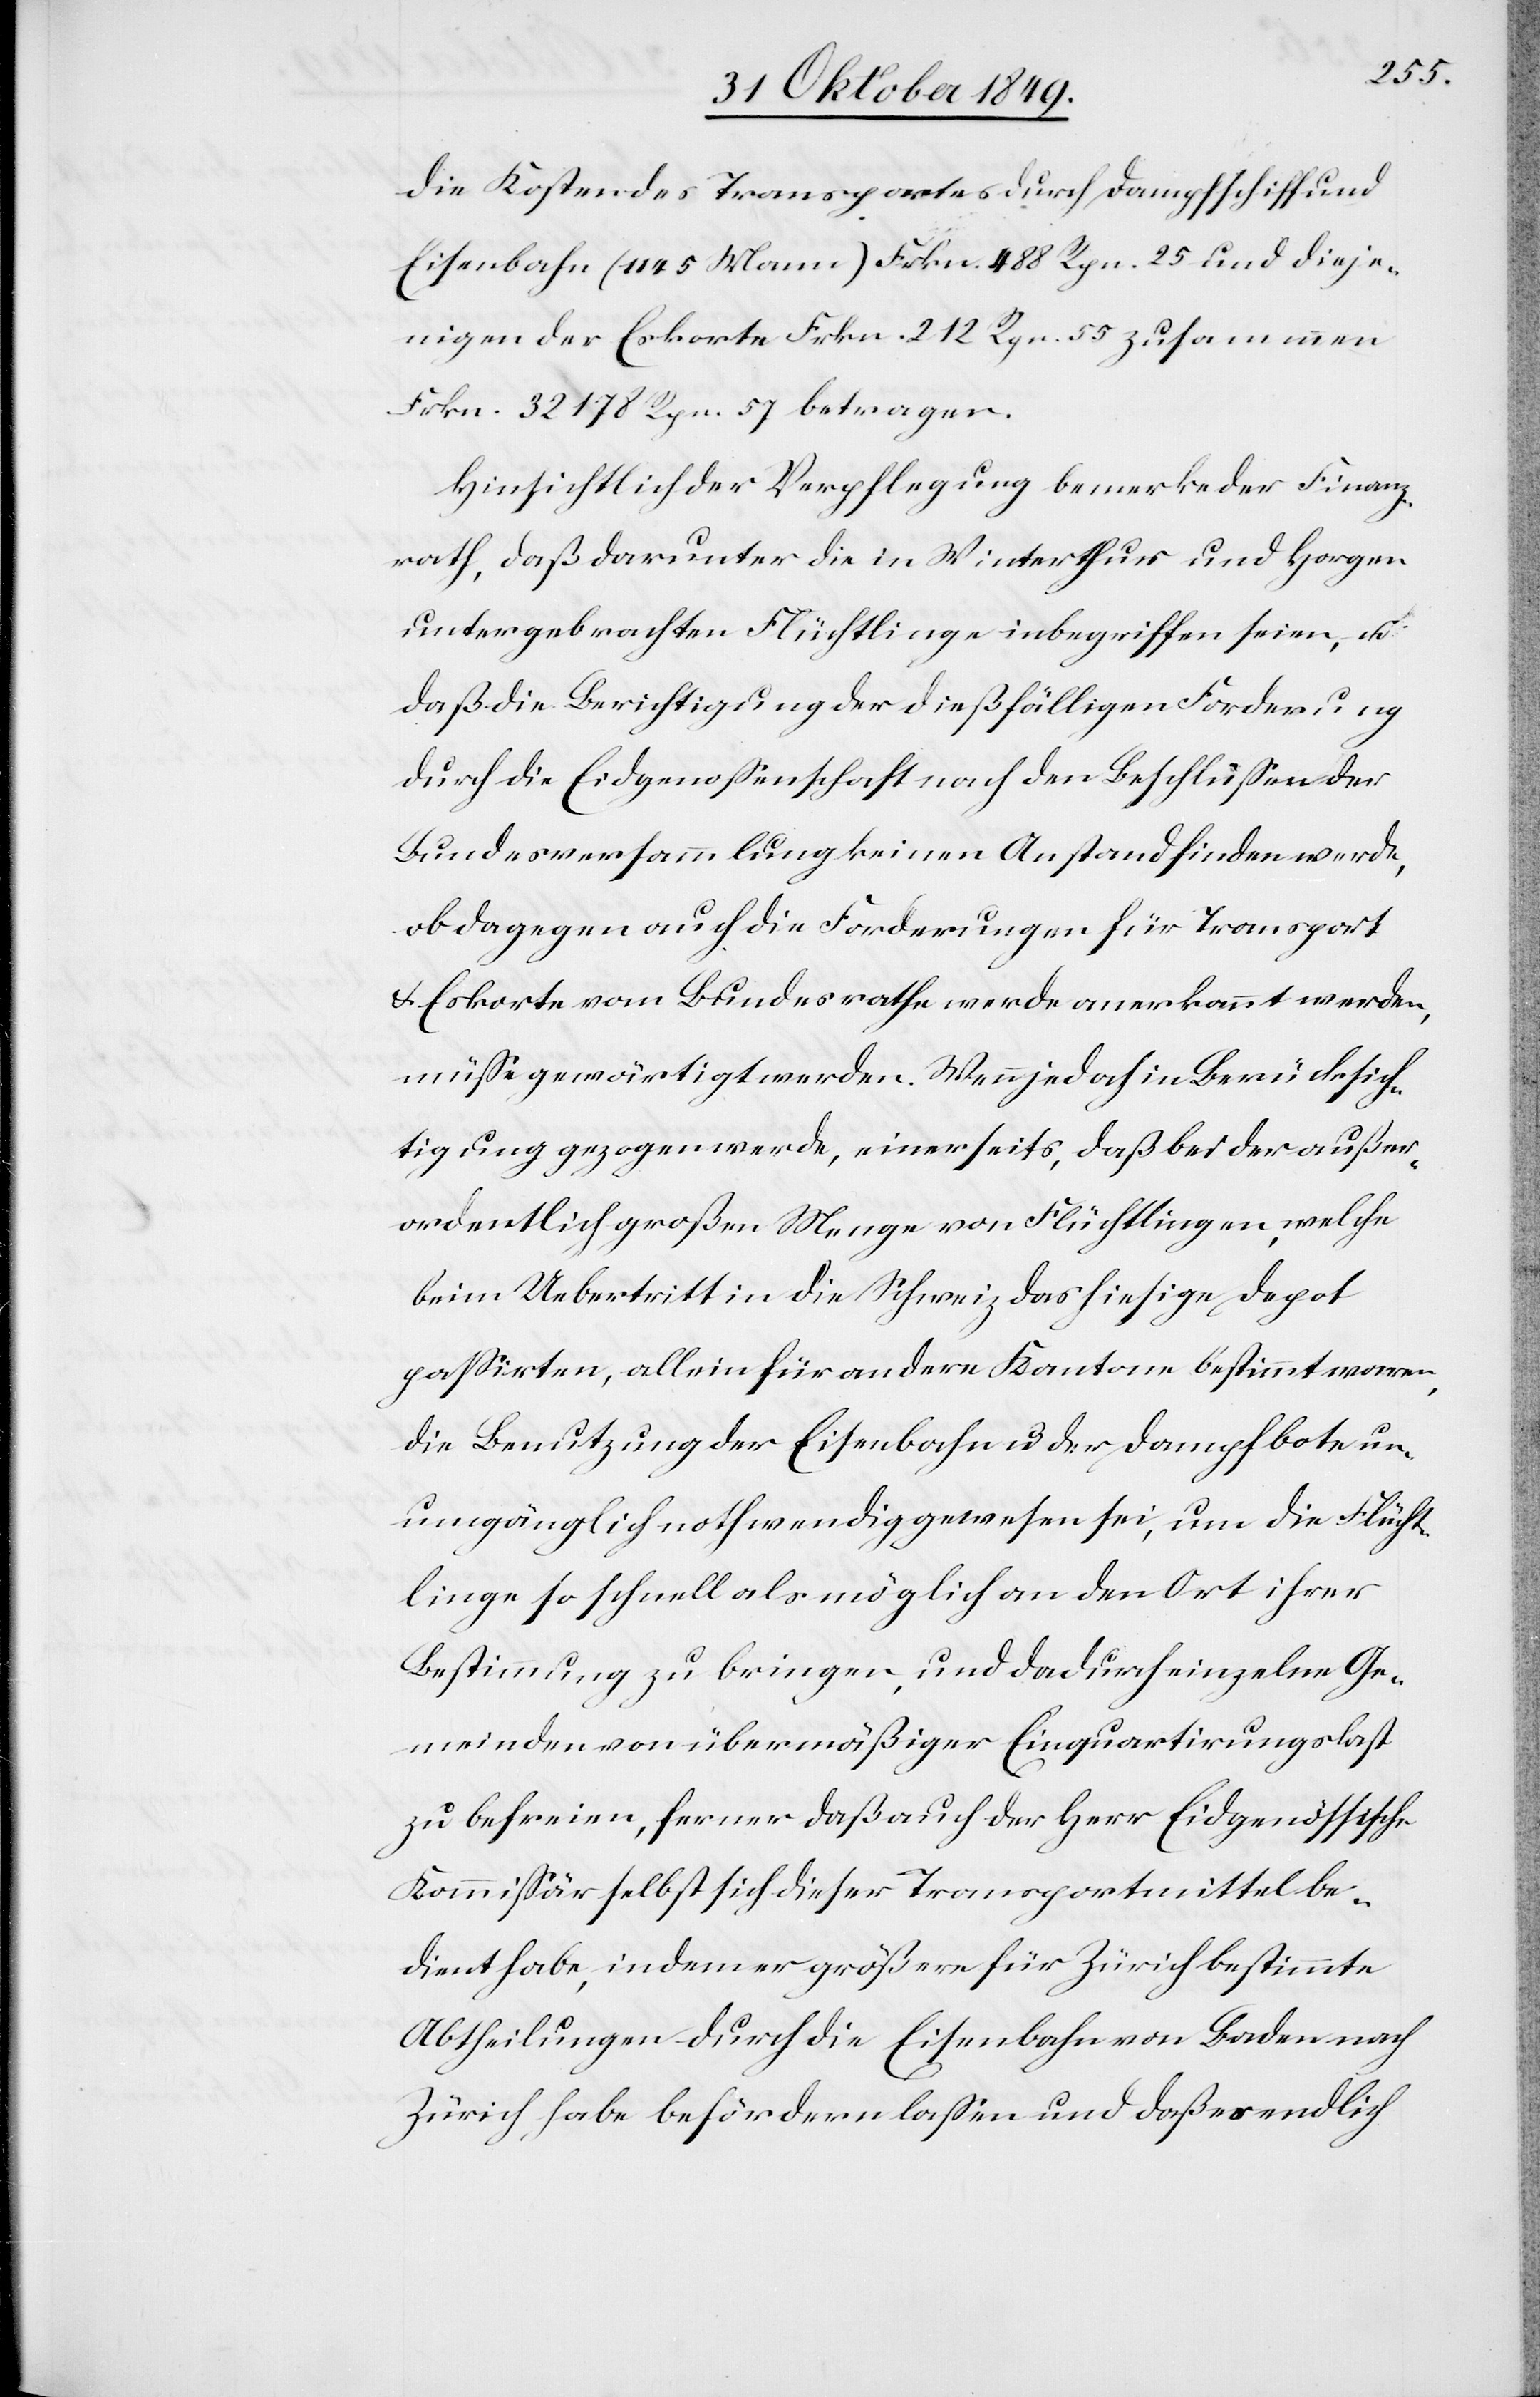
die Kosten des Transportes durch Dampfschiff und
Eisenbahn (1145 Mann) Frkn. 488 Rpn. 25 und dieje¬
nigen der Eskorte Frkn. 212 Rpn. 55 zusammen
Frkn. 32178 Rpn. 57 betragen.
Hinsichtlich der Verpflegung bemerke der Finanz¬
rath, daß darunter die in Winterthur und Horgen
untergebrachten Flüchtlinge inbegriffen seien, u.
daß die Berichtigung der dießfälligen Forderung
durch die Eidgenossenschaft nach den Beschlüßen der
Bundesversammlung keinen Anstand finden werde,
ob dagegen auch die Forderungen für Transport
u. Eskorte vom Bundesrathe werde anerkannt werden,
müße gewärtigt werden. Wenn jedoch in Berücksich¬
tigung gezogen werde, einerseits, daß bei der außer¬
ordentlich großen Menge von Flüchtlingen, welche
beim Uebertritt in die Schweiz das hiesige Depot
paßirten, allein für andere Kantone bestimmt waren,
die Benutzung der Eisenbahn u. der Dampfbote
unumgänglich nothwendig gewesen sei, um die Flücht¬
linge so schnell als möglich an den Ort ihrer
Bestimmung zu bringen, und dadurch einzelne Ge¬
meinden von übermäßiger Einquartirungslast
zu befreien, ferner daß auch der Herr Eidgenößische
Kommißär selbst sich dieser Transportmittel be¬
dient habe, indem er größere für Zürich bestimmte
Abtheilungen durch die Eisenbahn von Baden nach
Zürich habe befördern laßen und daß es endlich